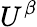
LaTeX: U^{\beta}